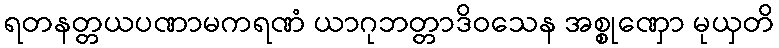
ရတနတ္တယပဏာမကရဏံ ယာဂုဘတ္တာဒိဝသေန အစ္စုဏှော မုယှတိ